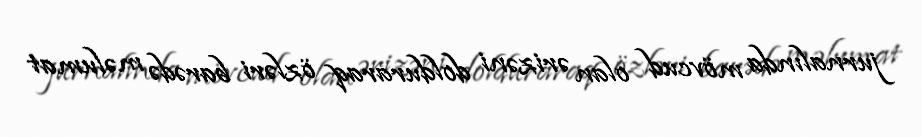
jurnalında mövcud olan ərizəni dolduraraq özləri barədə məlumat